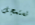
تستعجل